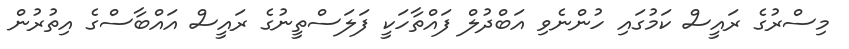
މިސްރުގެ ރައީސް ކަމުގައި ހުންނެވި އަބްދުލް ފައްތާހަކީ ފަލަސްތީނުގެ ރައީސް އައްބާސްގެ އިތުރުން